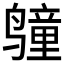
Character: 𲎆